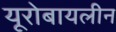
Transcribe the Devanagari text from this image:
यूरोबायलीन